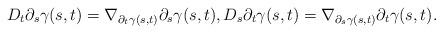
LaTeX: \begin{align*}D_t\partial_s \gamma(s,t)=\nabla_{\partial_t\gamma(s,t)}\partial_s\gamma(s,t), D_s\partial_t \gamma(s,t)=\nabla_{\partial_s\gamma(s,t)}\partial_t\gamma(s,t).\end{align*}